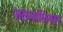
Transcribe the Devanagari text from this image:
जलनालिकाएं